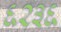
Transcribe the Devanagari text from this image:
६२३६